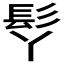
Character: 𩫾